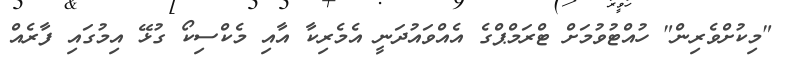
"މިކުށްވެރިން" ހުއްޓުވުމަށް ޓްރަމްޕްގެ އެއްވައުދަނީ އެމެރިކާ އާއި މެކްސިކޯ ގުޅޭ އިމުގައި ފާރެއް